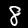
Label: 8